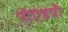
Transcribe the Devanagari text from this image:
पीएंडपी